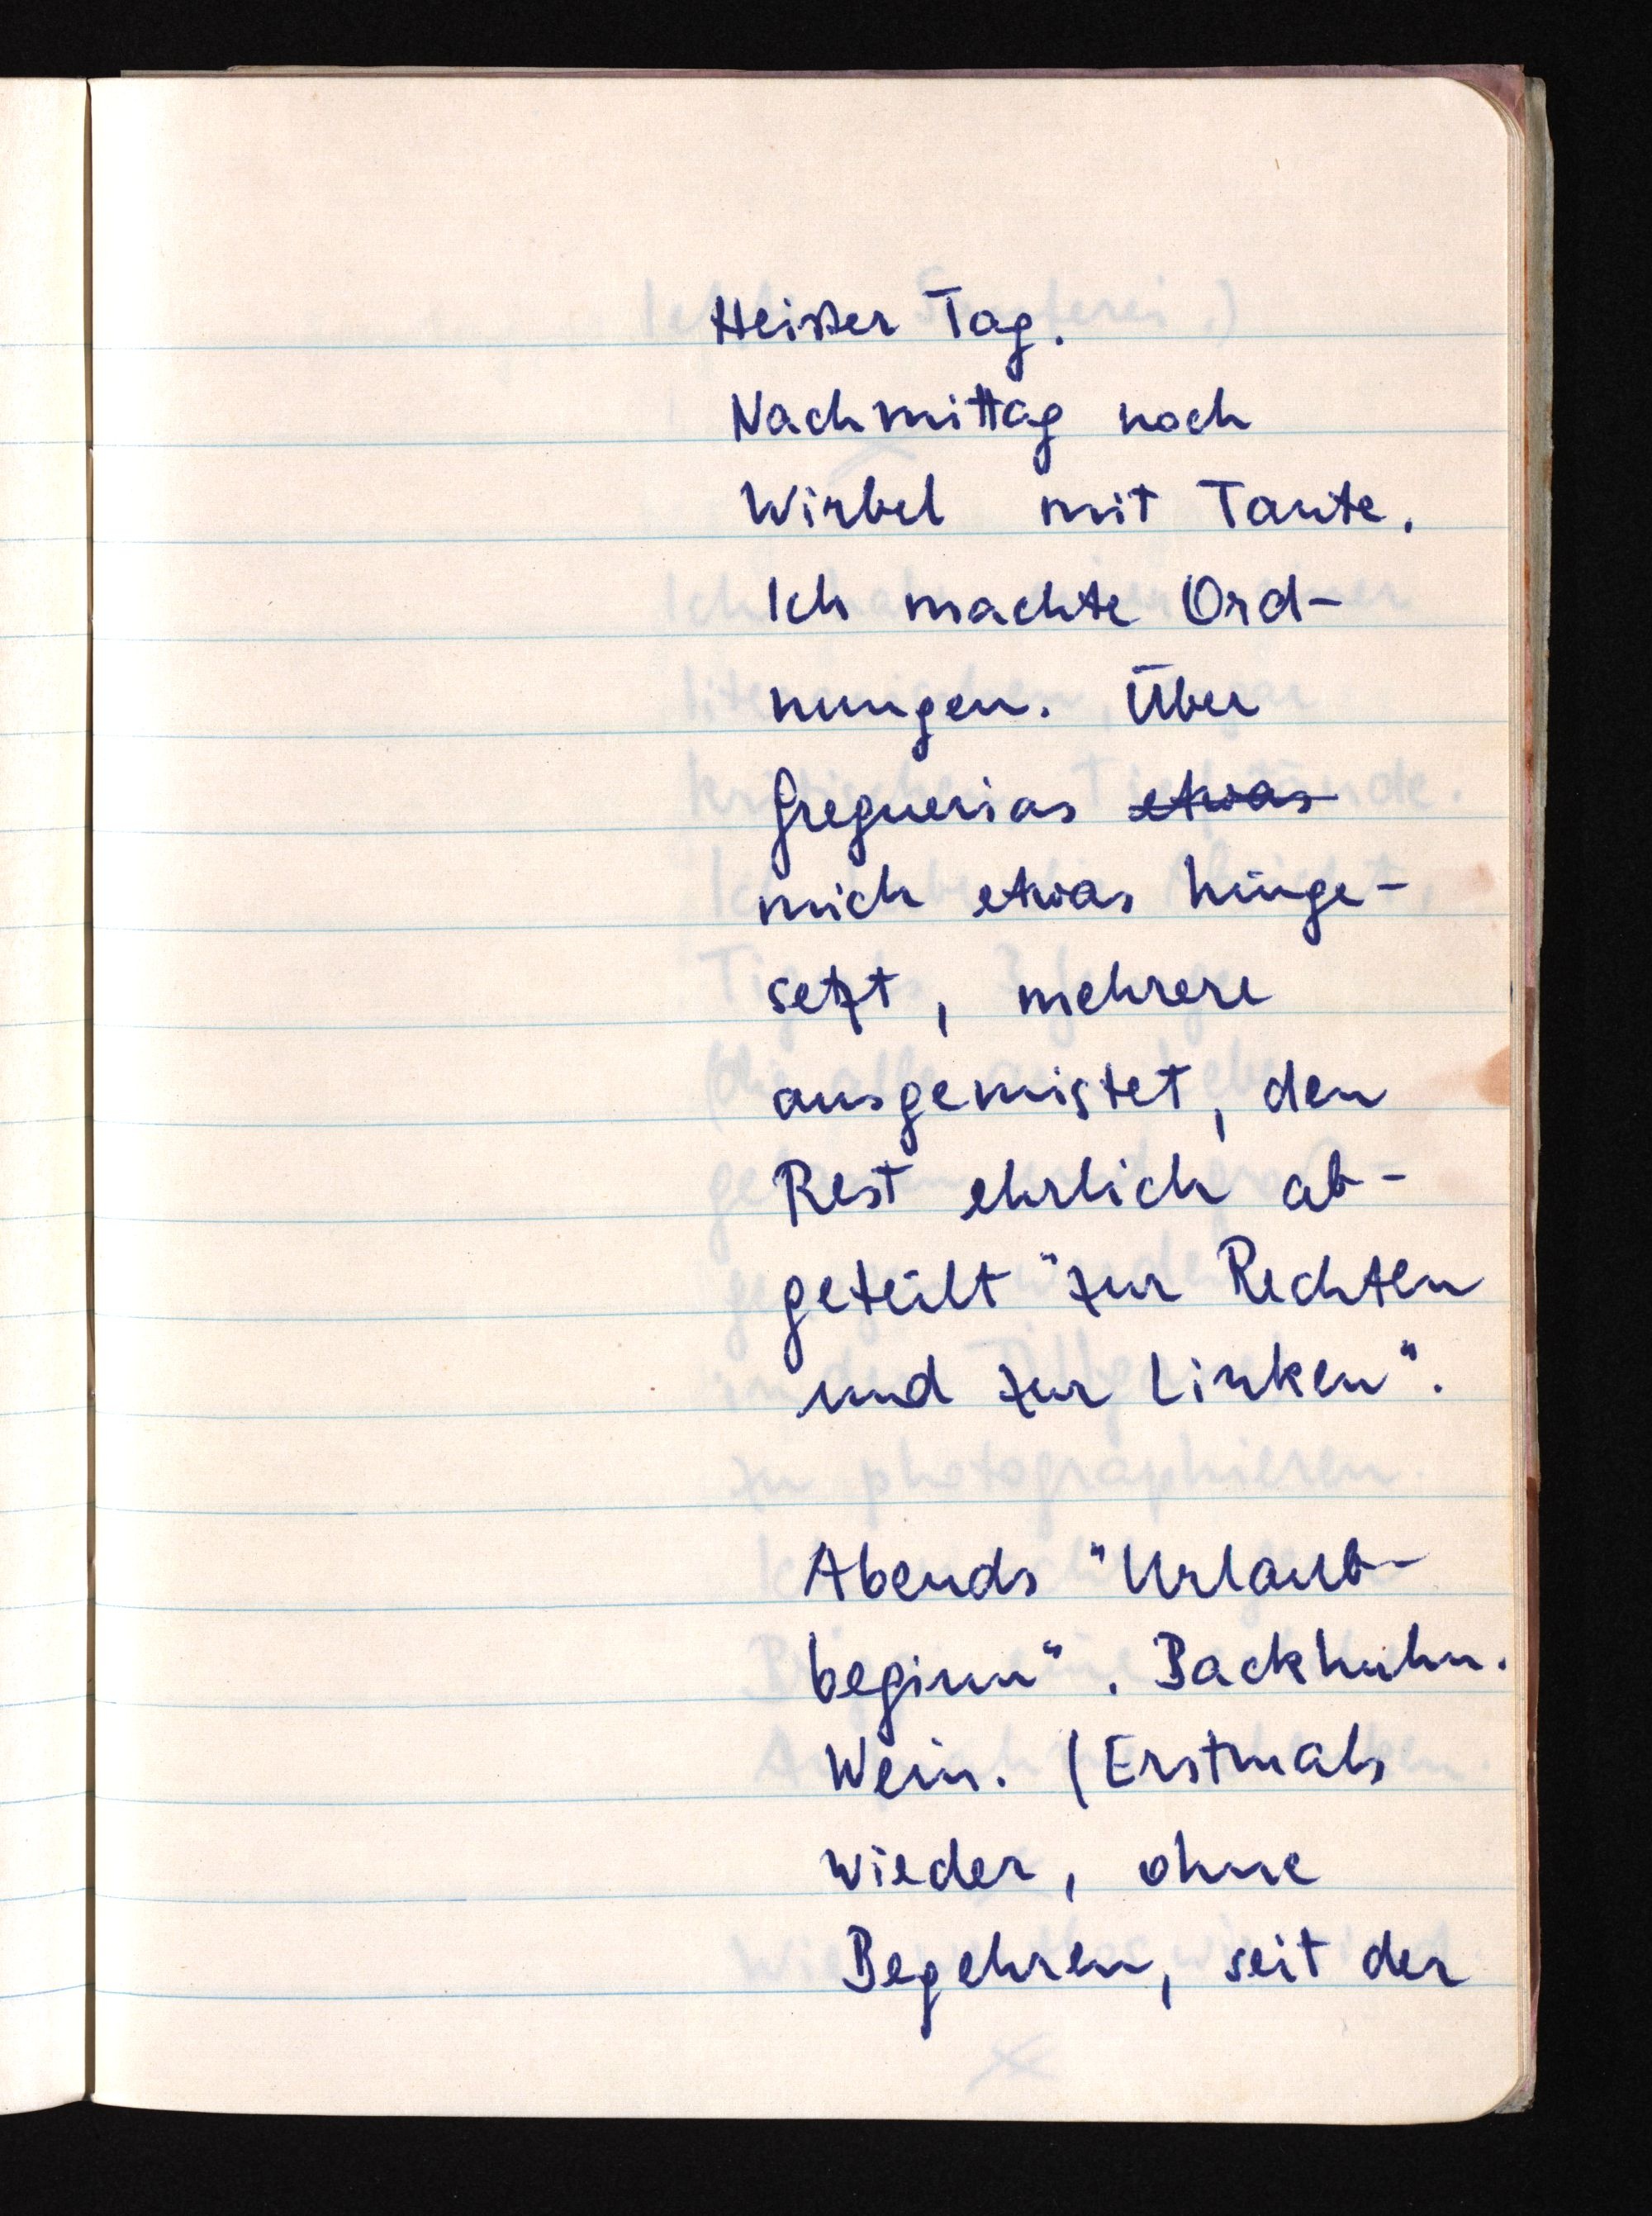
Heißer Tag.
Nachmittag noch
Wirbel mit Tante.
Ich machte Ord¬
nungen. Über
Greguerias etwas
mich etwas hinge¬
setzt, mehrere
ausgemistet, den
Rest ehrlich ab¬
geteilt "zur Rechten
und zur Linken".
Abends "Urlaub¬
beginn". Backhuhn.
Wein. (Erstmals
wieder, ohne
Begehren, seit der